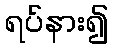
ရပ်နား၍